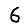
Digit: 6